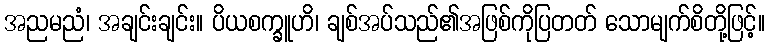
အညမညံ၊ အချင်းချင်း။ ပိယစက္ခူဟိ၊ ချစ်အပ်သည်၏အဖြစ်ကိုပြတတ် သောမျက်စိတို့ဖြင့်။